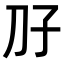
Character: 𫥱